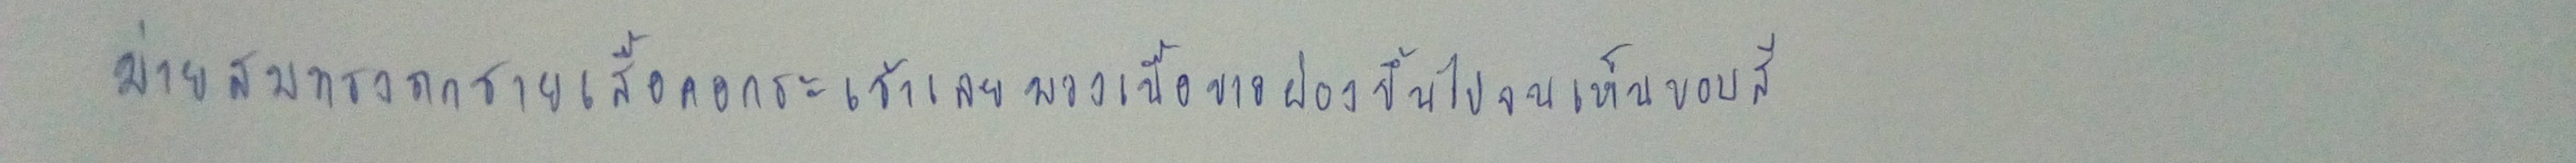
ม่ายสมทรงถกชายเสื้อคอกระเช้าเลยพวงเนื้อขาวผ่องขึ้นไปจนเห็นขอบสี